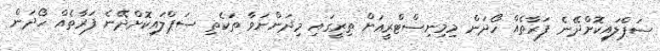
ސަޕްލައިކޮށްދޭނެ ފަރާތެއް ހޯދަން މިމިނިސްޓްރީއަށް ތިރީގައި މިދަންނަވާ ތަކެތި ސަޕްލައިކޮށްދޭނެ ފަރާތެއް ހޯދަން